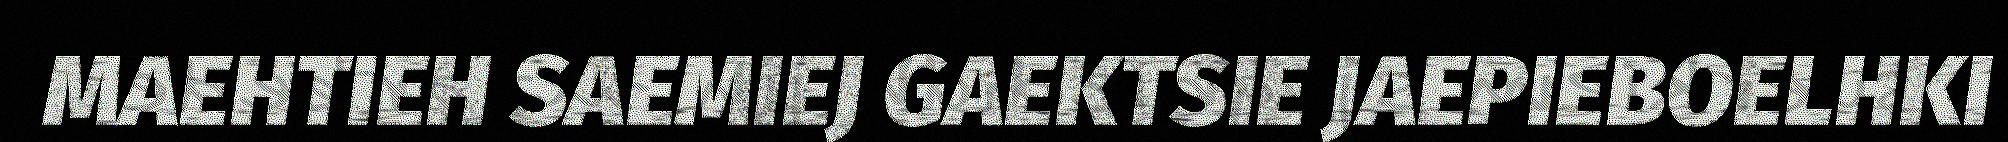
MAEHTIEH SAEMIEJ GAEKTSIE JAEPIEBOELHKI